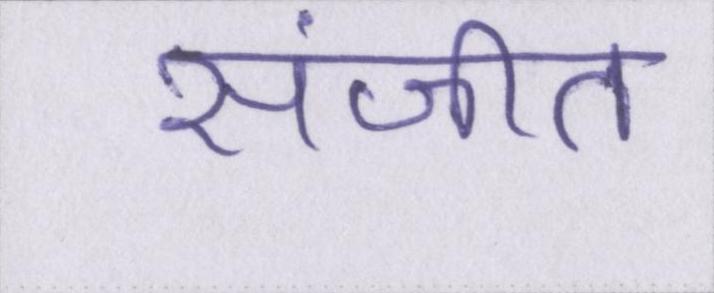
संजीत